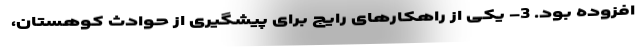
افزوده بود. 3- یکی از راهکارهای رایج برای پیشگیری از حوادث کوهستان،